Source: Handwritten
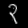
Digit: ၃ (3)